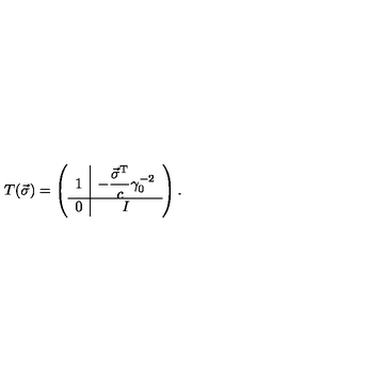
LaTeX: T ( \vec { \sigma } ) = \left( \begin{array} { c | c } { 1 } & { \displaystyle - \frac { \vec { \sigma } ^ { \mathrm { T } } } { c } \gamma _ { 0 } ^ { - 2 } } \\ \hline { 0 } & { I } \\ \end{array} \right) .